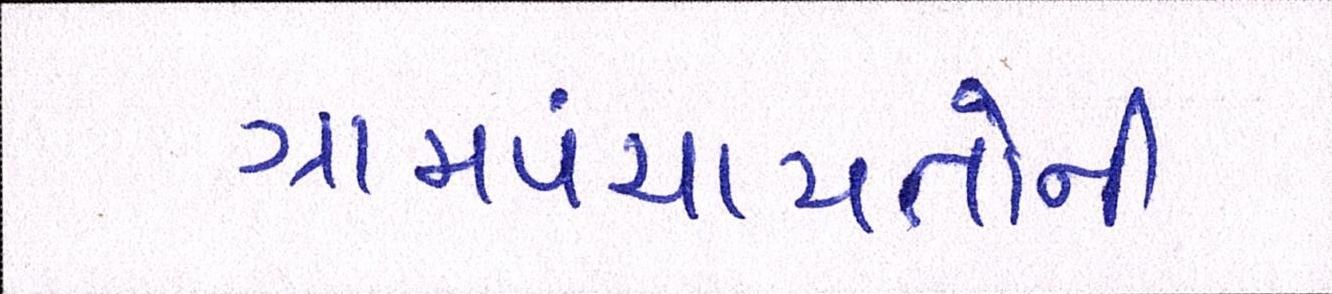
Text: ગ્રામપંચાયતોની